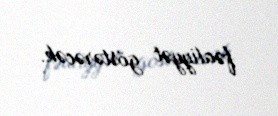
fəaliyyət göstərəcək.